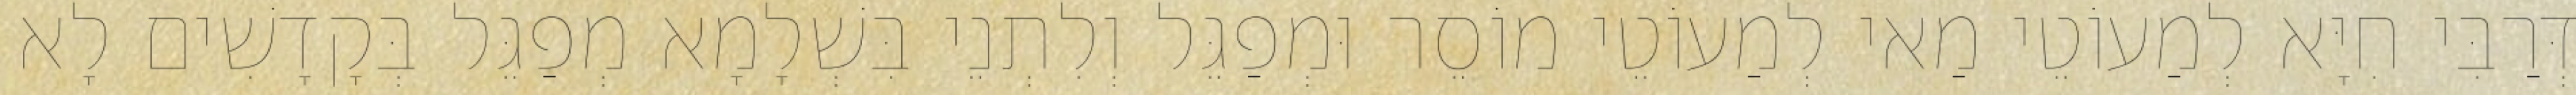
דְּרַבִּי חִיָּא לְמַעוֹטֵי מַאי לְמַעוֹטֵי מוֹסֵר וּמְפַגֵּל וְלִתְנֵי בִּשְׁלָמָא מְפַגֵּל בְּקָדָשִׁים לָא